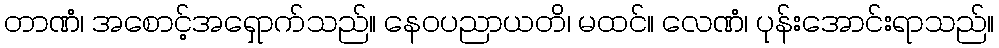
တာဏံ၊ အစောင့်အရှောက်သည်။ နေဝပညာယတိ၊ မထင်။ လေဏံ၊ ပုန်းအောင်းရာသည်။